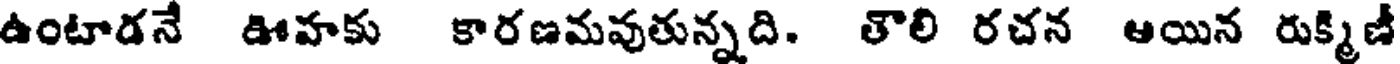
ఉంటాడనే ఊహకు కారణమవుతున్నది. తొలి రచన ఆయిన రుక్మిణీ